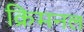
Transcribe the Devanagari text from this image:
क्रिमनल